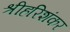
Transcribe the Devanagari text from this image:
श्रीहरिशंकर